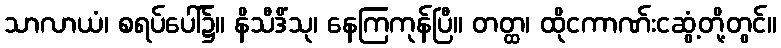
သာလာယံ၊ စရပ်ပေါ်၌။ နိသီဒိံသု၊ နေကြကုန်ပြီ။ တတ္ထ၊ ထိုငကာဏ်းငဆွံ့တို့တွင်။